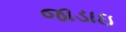
જાડાઇ